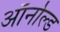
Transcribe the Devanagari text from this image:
ऑर्नोल्ड